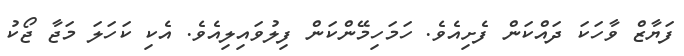
ފަޔާޒް ވާހަކަ ދައްކަން ފެށިއެވެ. ހަމަހިމޭންކަން ފިލުވައިލިއެވެ. އެކި ކަހަލަ މަޖާ ޖޯކު